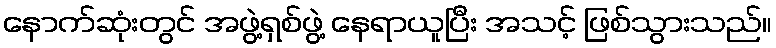
နောက်ဆုံးတွင် အဖွဲ့ရှစ်ဖွဲ့ နေရာယူပြီး အသင့် ဖြစ်သွားသည်။